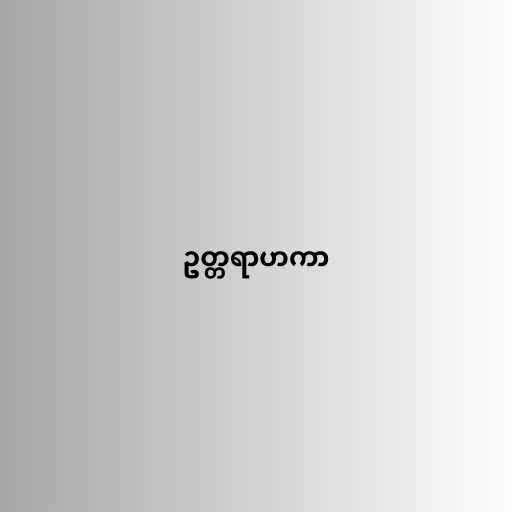
ဥတ္တရာဟကာ